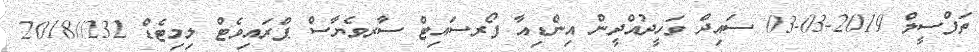
ތަފްސީލް 2019-03-03 ސައިދް ވަހީދުއްދީން އިންޑިއާ ފޯރސައިޓް ސާރވެޔާސް ޕްރައިވެޓް ލިމިޓެޑް 232//2018